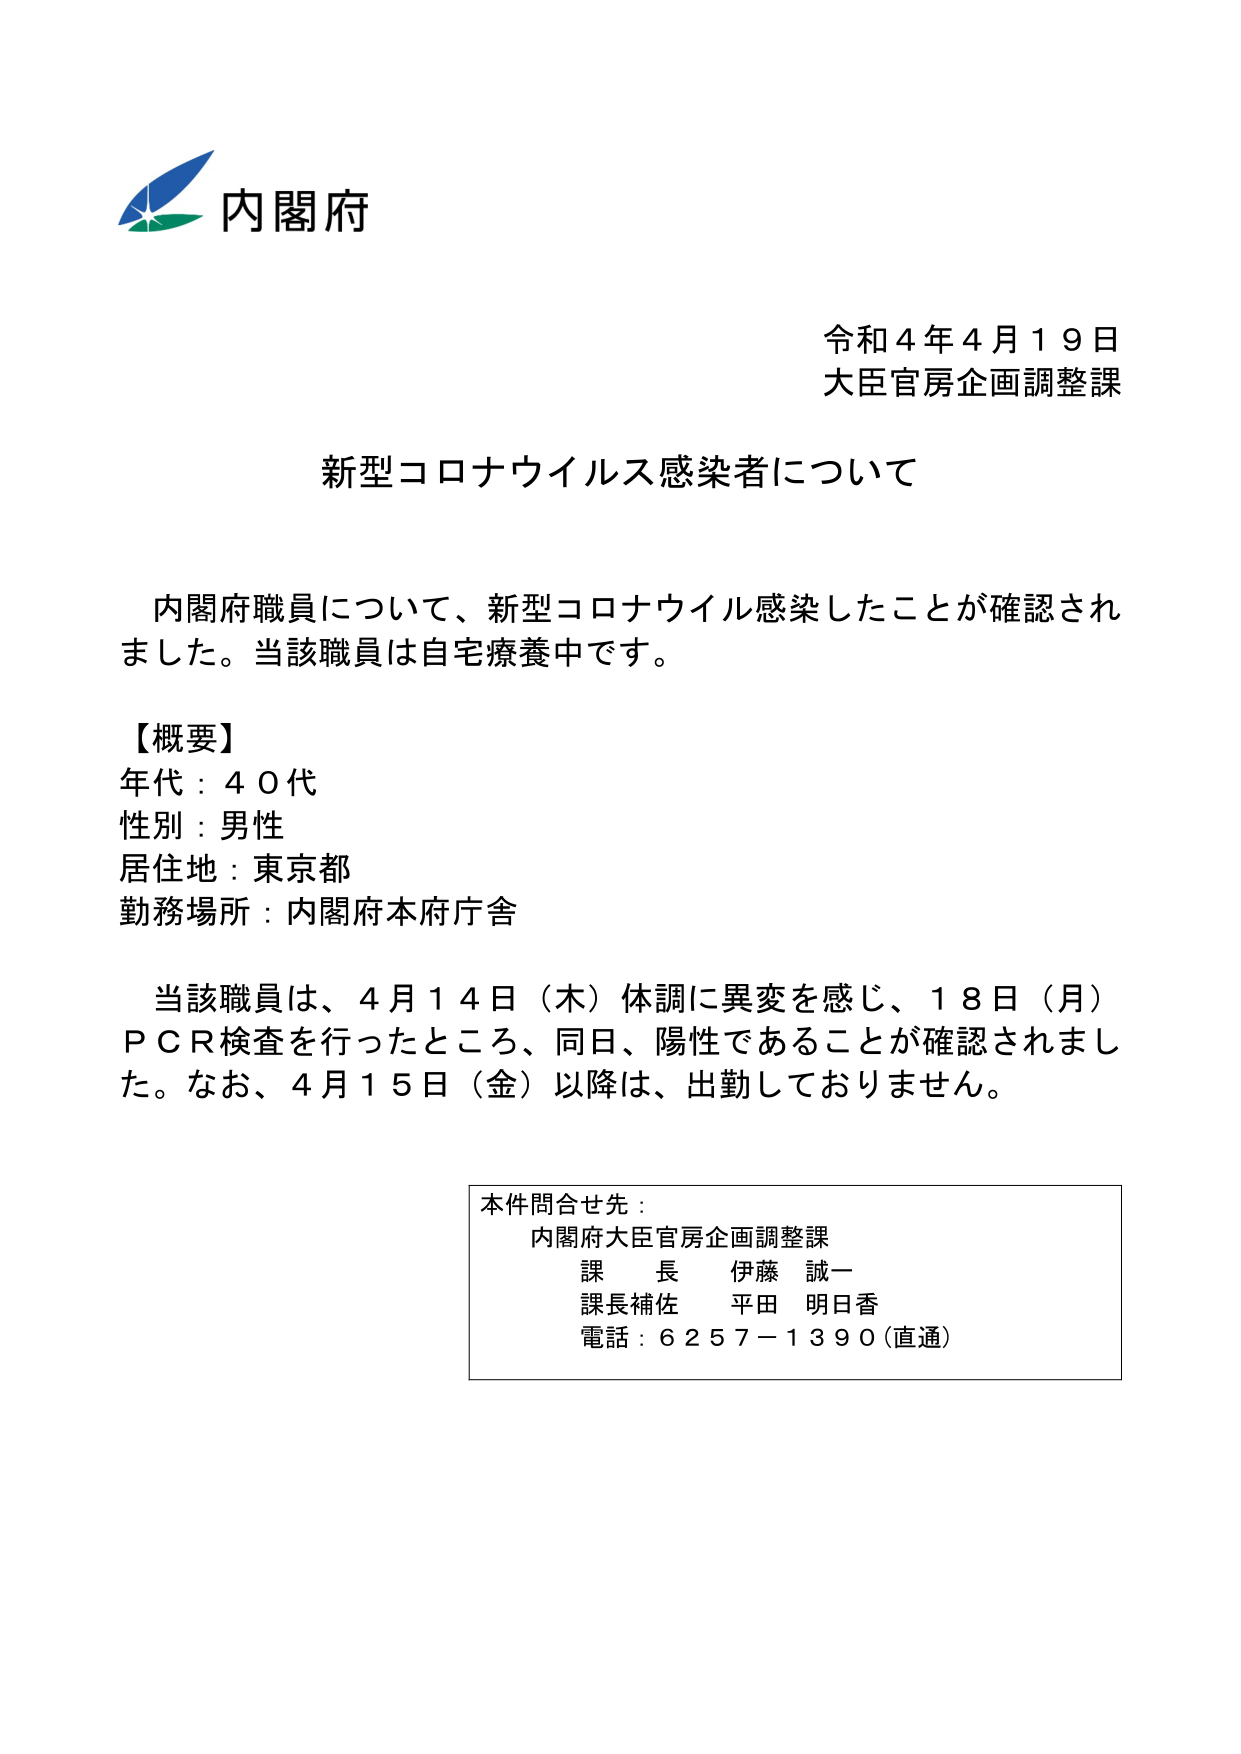
内閣府
令和４年４月１９日
大臣官房企画調整課

新型コロナウイルス感染者について

内閣府職員について、新型コロナウイルス感染したことが確認されました。当該職員は自宅療養中です。

【概要】
年代：４０代
性別：男性
居住地：東京都
勤務場所：内閣府本府庁舎

当該職員は、４月１４日（木）体調に異変を感じ、１８日（月）ＰＣＲ検査を行ったところ、同日、陽性であることが確認されました。なお、４月１５日（金）以降は、出勤しておりません。

本件問合せ先：
内閣府大臣官房企画調整課
課長 伊藤 誠一
課長補佐 平田 明日香
電話：６２５７－１３９０（直通）